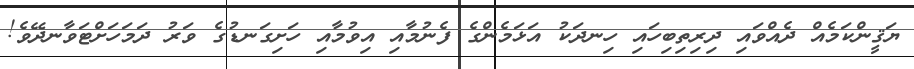
ޔަޤީންކަމެއް ދެއްވައި ދިރިތިބިހައި ހިނދަކު އަޅަމެންގެ ފެނުމާއި އިވުމާއި ހަށިގަނޑުގެ ވަރު ދަމަހަށްޓަވާނދޭވެ!